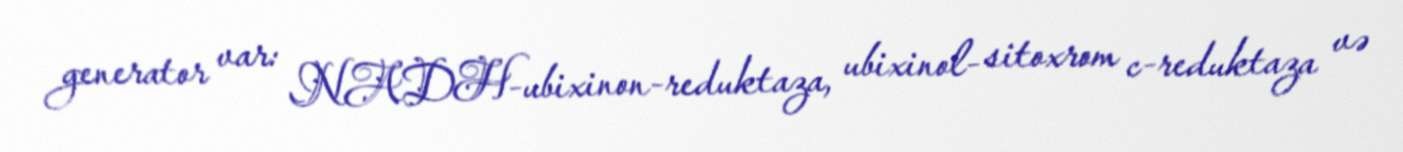
generator var: NADH-ubixinon-reduktaza, ubixinol- sitoxrom c-reduktaza və